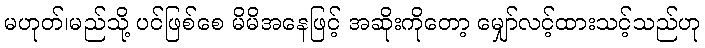
မဟုတ်၊မည်သို့ ပင်ဖြစ်စေ မိမိအနေဖြင့် အဆိုးကိုတော့ မျှော်လင့်ထားသင့်သည်ဟု